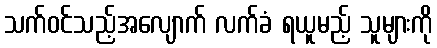
သက်ဝင်သည့်အလျောက် လက်ခံ ရယူမည့် သူများကို